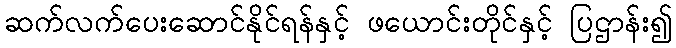
ဆက်လက်ပေးဆောင်နိုင်ရန်နှင့် ဖယောင်းတိုင်နှင့် ပြဌာန်း၍